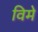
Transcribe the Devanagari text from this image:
विमे